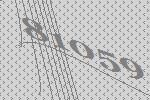
81059